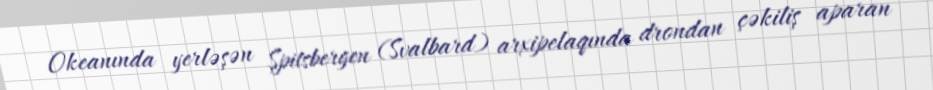
Okeanında yerləşən Şpitsbergen (Svalbard) arxipelaqında drondan çəkiliş aparan